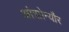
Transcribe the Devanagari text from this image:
आंत्रप्रेन्यौर